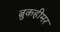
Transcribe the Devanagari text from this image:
ब्रुकहीमर